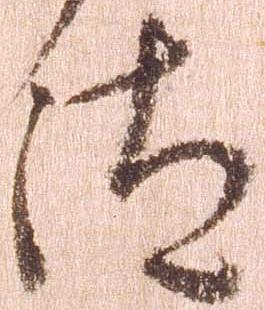
汰